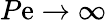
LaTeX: P\mathrm{e}\rightarrow\infty